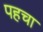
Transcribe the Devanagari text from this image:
पहचा